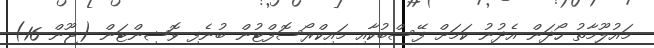
މައުލޫމާތު ހޯދަން އެދުނު ކަމަށް ފޭސްބުކާއި މައިކްރޯސޮފްޓުން ބުނެފި ވޮޝިންޓަން (ޖޫން 16)